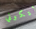
لتكوني